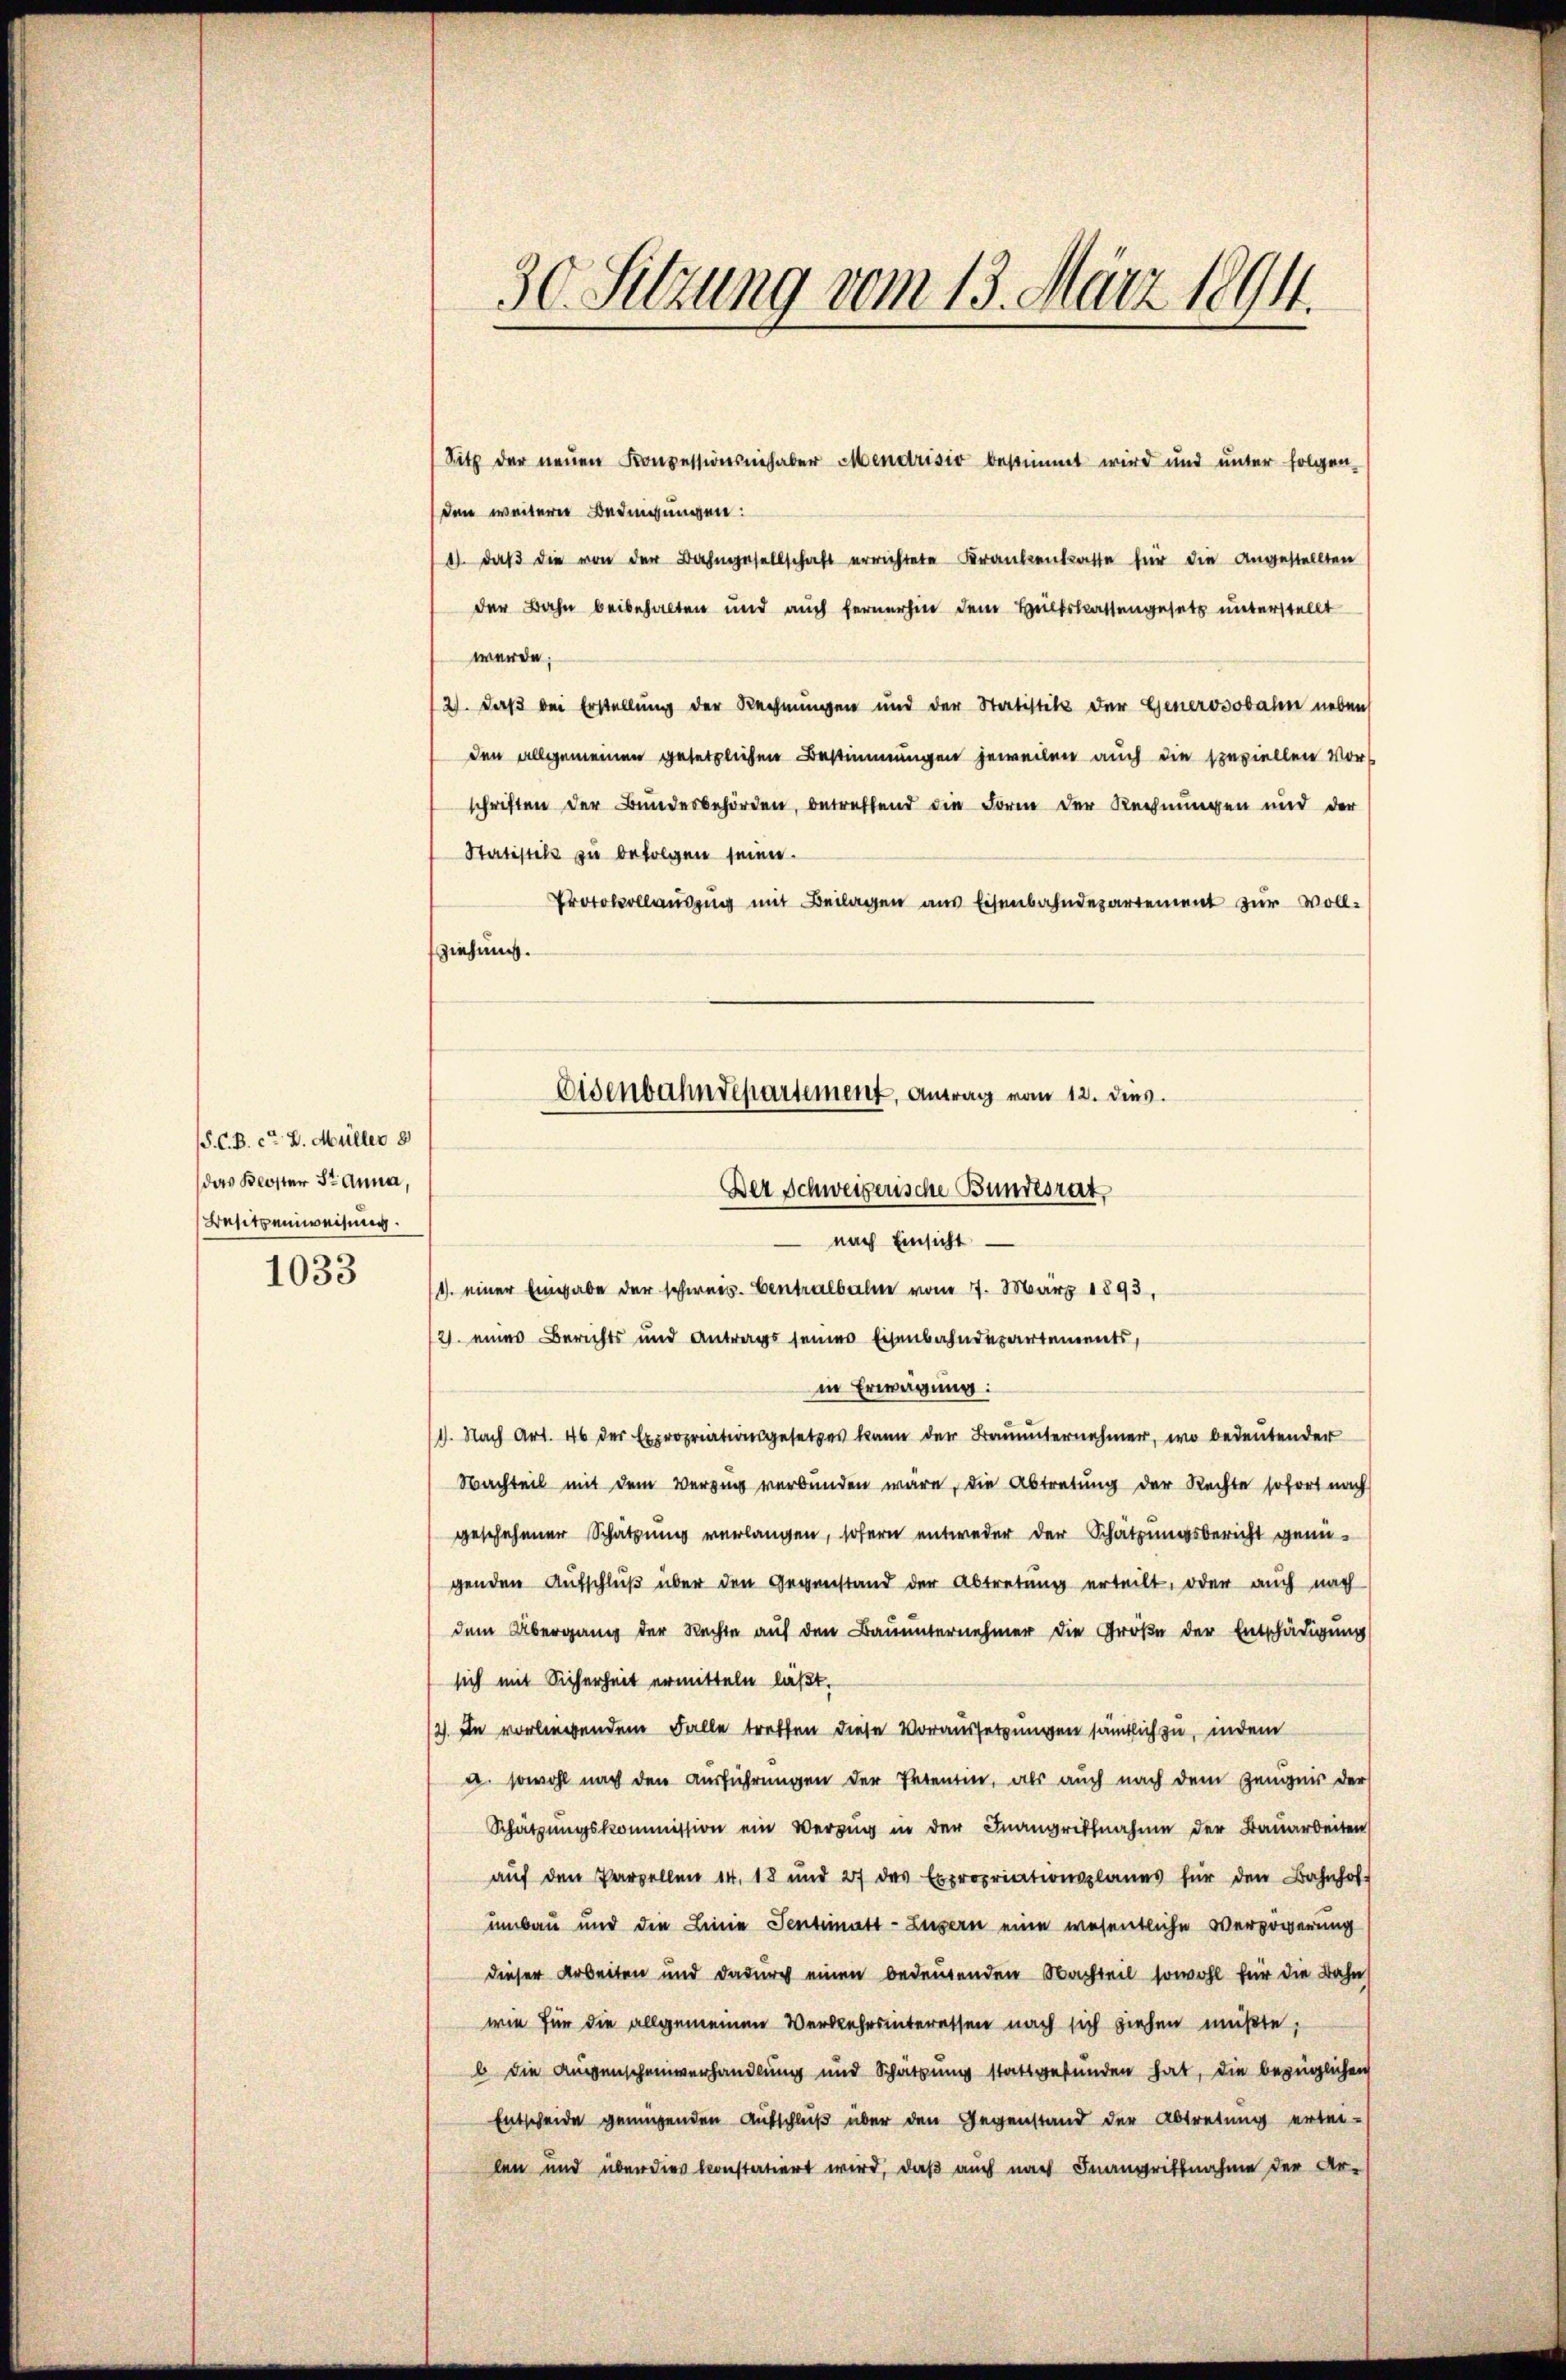
/S. C. B. ca 8. Müller 8
das Kloster St. Anna,
Besitzenweisung.

1033

Sutz der neŭen Konzessionsgehaber Mendrisio bestimmt wird und unter folgen-
den weiterer Bedingungen:
1. daβ die von der Bahngesellschaft errichtete Krankenkaste für die Angestellten
der Bahn beibehalten und auch fernerhin dem Heltsklassengesetz unterstellt
werde;
2). Daß bei Erstellung der Rechnungen und der Statistets der Generosobahn neben
den allgemeinen gesetzlichen Bestimmungen jeweilen auch die speziellen Vorschriften der Bundesbehörden, betreffend die Form der Rechnungen und der
Statistik zu befolgen seien.
Protokollaŭszŭg mit Beilagen aus Eisenbahndepartement zur Voll-
ziehung.

30. Sitzung vom 13. März 1891.

Eisenbahndepartement, Antrag vom 12. dies.

Der Schweizerische Bundesrat,
nach Einsicht
/4. einer Eingabe der schweis. Centralbahn vom 17. März 1893,
2) eines Berichts und Antrags seines Eisenbahndepartements,
in Erwägung:
1. Nach Art. 46 der Expropriationsgesetzes kann der Bauunternehmer, wo bedeutender
Nachteil mit dem Verzug verbunden wäre, die Abtretung der Rechte sofort nach
geschehener Schätzung verlangen, sofern entweder der Schätzungsbericht genügenden Aŭfschlŭβ über den Gegenstand der Abtretŭng erteilt, oder auch nach
dem Übergang der Rechte auf den Bauunternehmer die Größe der Entschädigung
sich mit Sicherheit ermitteln läßt.
12). In vorliegendem Falle treffen diese Voraussetzungen sämtlich zu, indem
a. sowohl nach den Ausführungen der Petenten, als auch nach dem Zeugnis der
Schätzungskommission ein Verzŭg in der Inangriffnahme der Bauarbeiten
auf den Parzellen 14. 18 und 27 des Expropriationsplanes für den Bahnhof-
umbau und den Linie Sentimatt-Lusern eine wesentliche Verzögerung
dieser Arbeiten und dadurch einen bedeutenden Nachteil sowohl für die Bahn
wie für die allgemeinen Verkehrsinteressen nach sich ziehen müßte,
b die Aussenscheinverhandlung und Schätzung stattgefunden hat, die bezüglichen
Entscheide genügenden Aufschluß über den Gegenstand der Abtretung ertei-
len und über dies konstatiert wird, daß auch nach Inangriffnahme der Ar-